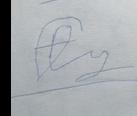
Signature authenticity: forged